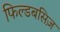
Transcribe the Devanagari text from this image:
फिल्डबसिज़